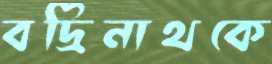
বদ্রিনাথকে